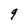
Character: q